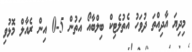
މިދިޔަ އާދިއްތަ ދުވަހު އެތުލެޓިކް ބިލްބާއޯ އަތުން 5-0 އިން ރެއާލް މޮޅުވި